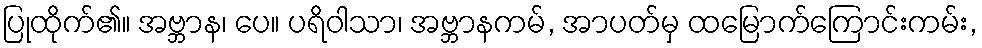
ပြုထိုက်၏။ အဗ္ဘာန၊ ပေ။ ပရိဝါသာ၊ အဗ္ဘာနကမ်, အာပတ်မှ ထမြောက်ကြောင်းကမ်း,